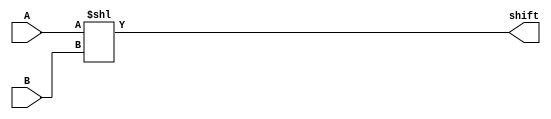
`timescale 1ns / 1ps
// Amruth Niranjan
// October 2022
module leftshifter(
    input [3:0] A,
    input [3:0] B,
    output [7:0] shift
    );
    assign shift = A << B;
endmodule